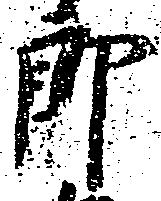
郎